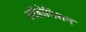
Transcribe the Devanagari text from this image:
ऑडोविशन